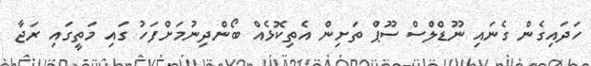
ހަދައިގެން ގެނައި ނޫޑްލްސް ސޫޕް ތަށިން އެތިކޮޅެއް ބޯންދިނުމަށްފަހު ގައި މަތީގައި ރަޖާ